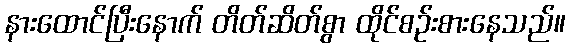
နားထောင်ပြီးနောက် တိတ်ဆိတ်စွာ ထိုင်စဉ်းစားနေသည်။